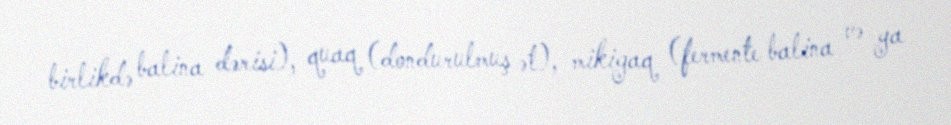
birlikdə balina dərisi), quaq (dondurulmuş ət), mikigaq (fermente balina və ya